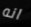
انه